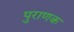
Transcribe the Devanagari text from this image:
पुराणक